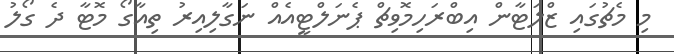
މި މެޗުގައި ޒްލަޓާން އިބްރަހިމޮވިޗް ޕެނަލްޓީއެއް ނަގާލިއިރު ތިއާގޯ މޮޓާ ދެ ގޯލު